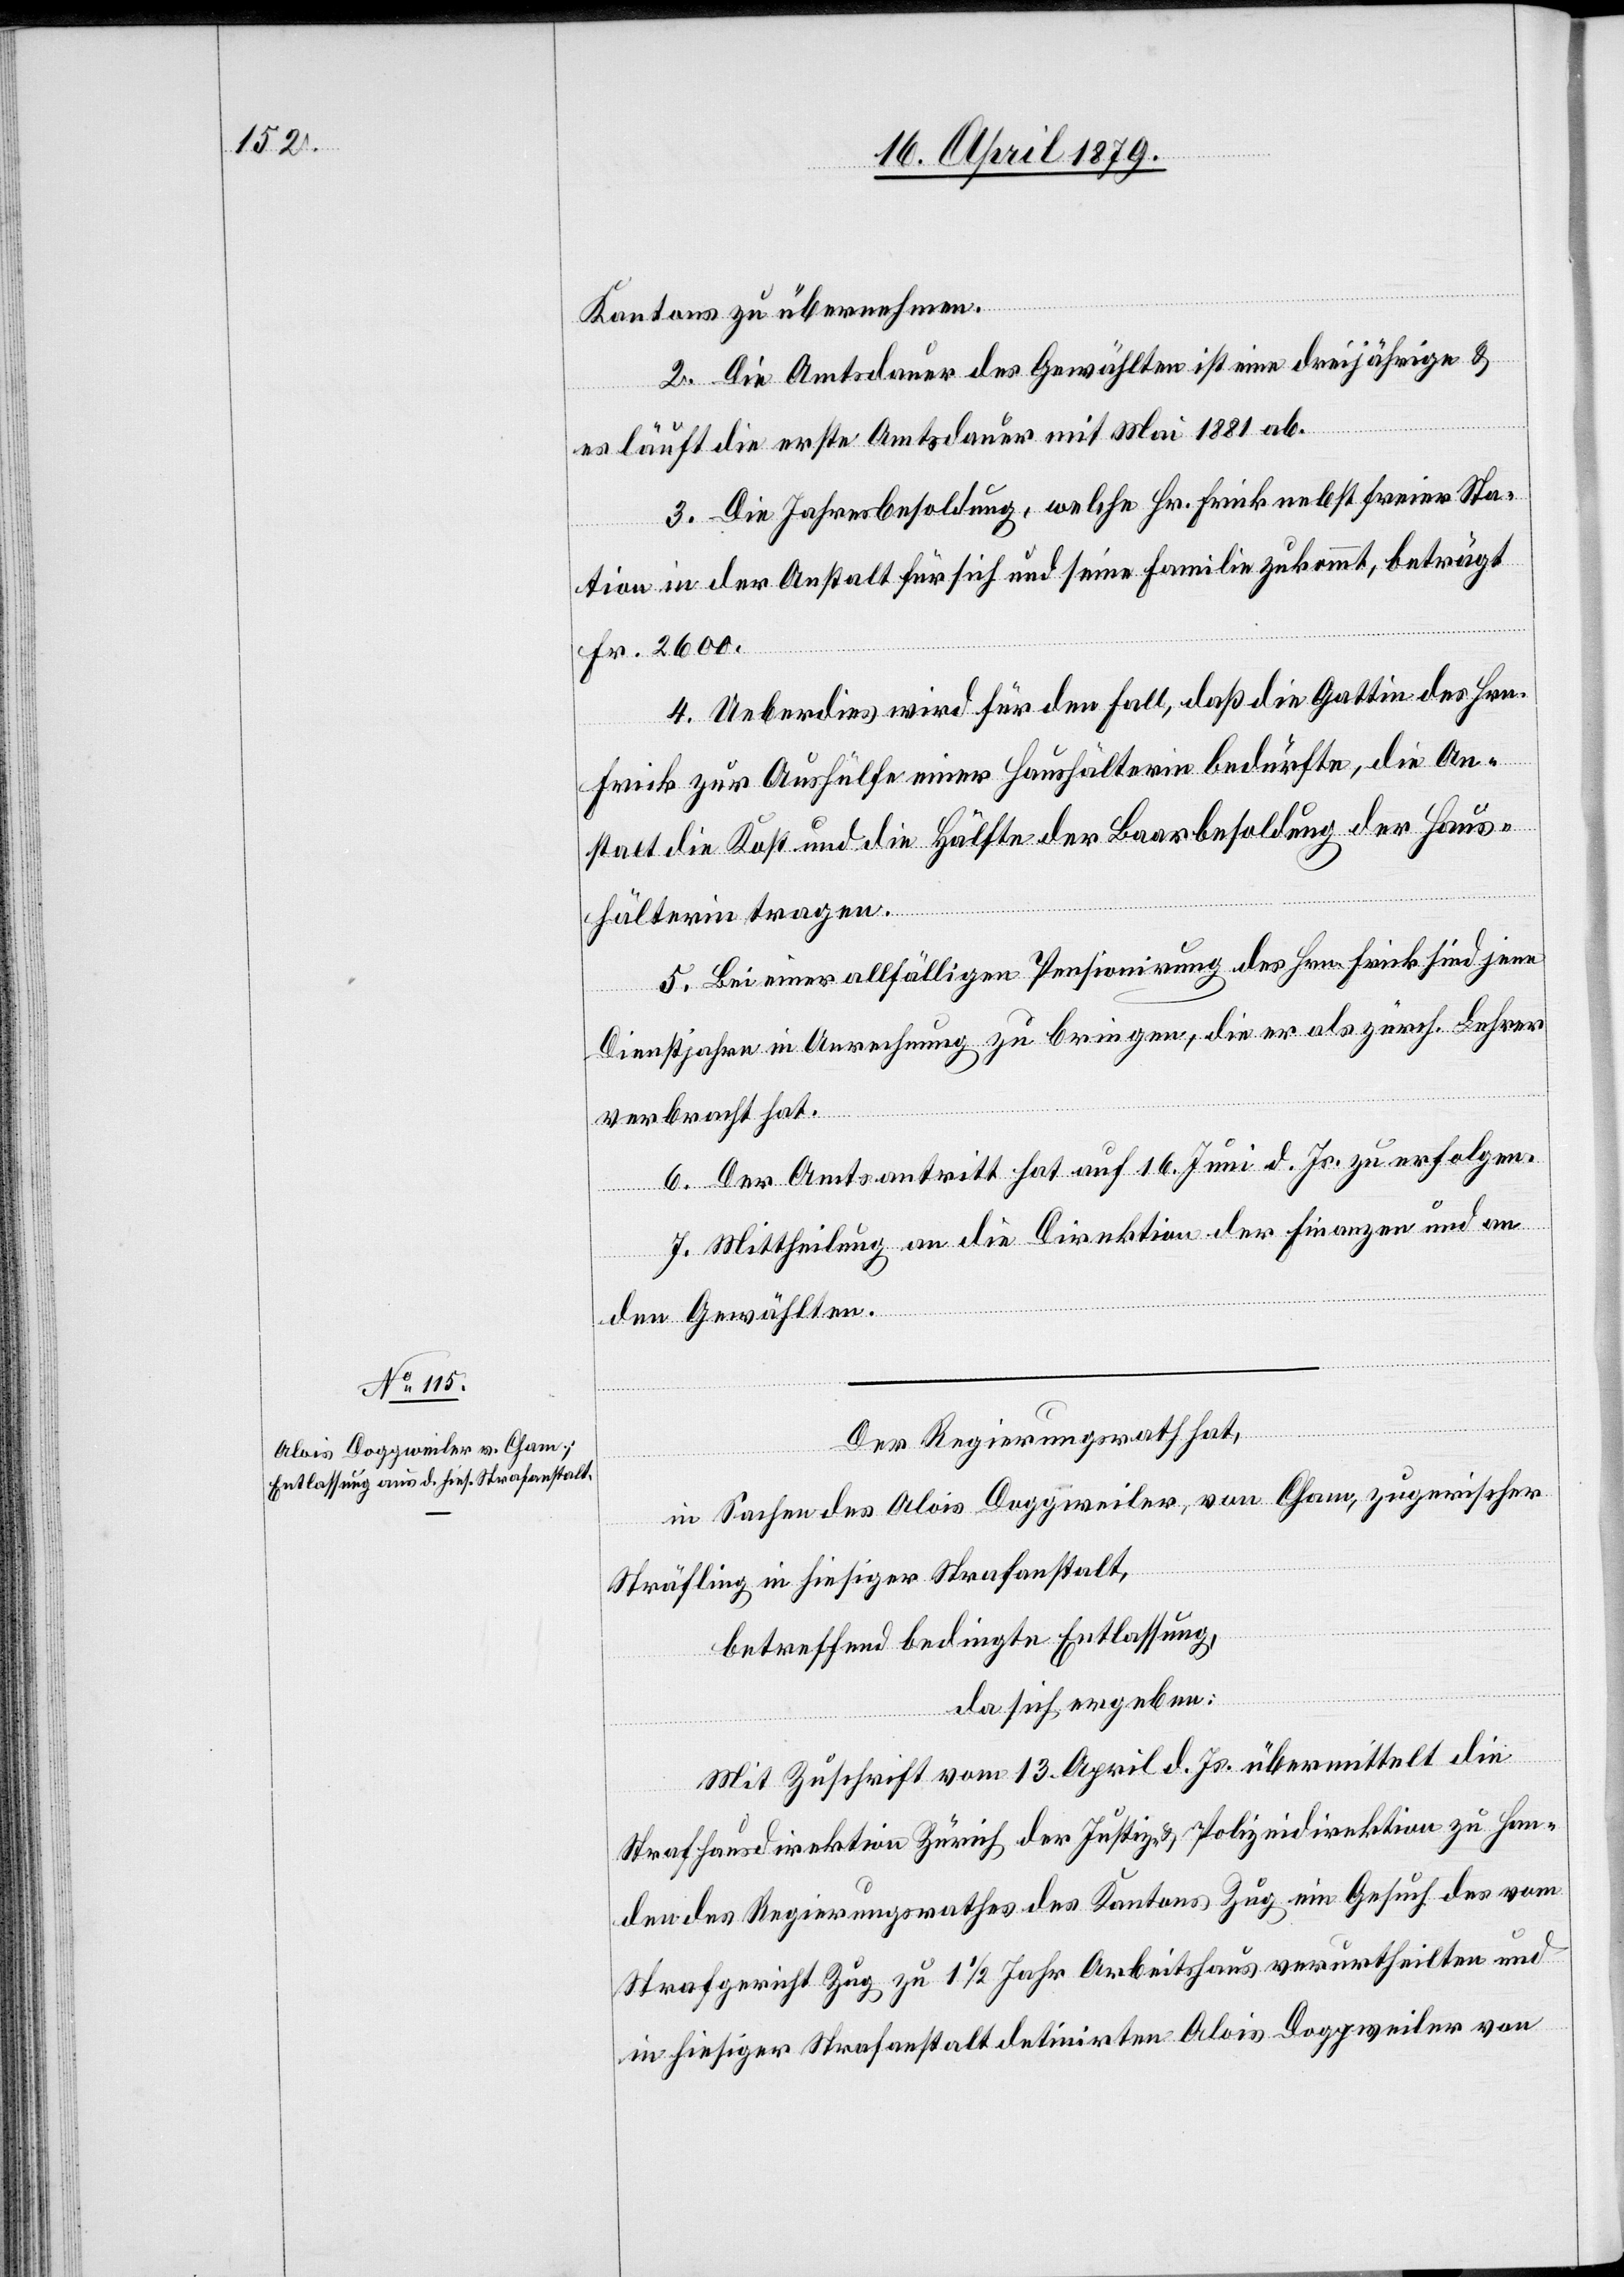
Kantons zu übernehmen.
2. Die Amtsdauer des Gewählten ist eine dreijährige &
es läuft die erste Amtsdauer mit Mai 1881 ab.
3. Die Jahresbesoldung, welche Hr. Frick nebst freier Sta¬
tion in der Anstalt für sich und seine Familie zukommt, beträgt
Fr. 2600.
4. Ueberdies wird für den Fall, daß die Gattin des Hrn.
Frick zur Aushülfe einer Haushälterin bedürfte, die An¬
stalt die Kost und die Hälfte der Baarbesoldung der Haus¬
hälterin tragen.
5. Bei einer allfälligen Pensionirung des Hrn. Frick sind jene
Dienstjahre in Anrechnung zu bringen, die er als zürch. Lehrer
verbracht hat.
6. Der Amtsantritt hat auf 16. Juni d. Js. zu erfolgen.
7. Mittheilung an die Direktion der Finanzen und an
den Gewählten.
Der Regierungsrath hat,
in Sachen des Alois Doggweiler, von Cham, zugerischer
Sträfling in hiesiger Strafanstalt,
betreffend bedingte Entlassung,
da sich ergeben:
Mit Zuschrift vom 13. April d. Js. übermittelt die
Strafhausdirektion Zürich der Justiz- & Polizeidirektion zu Han¬
den des Regierungsrathes des Kantons Zug ein Gesuch des vom
Strafgericht Zug zu 1 1/2 Jahr Arbeitshaus verurtheilten und
in hiesiger Strafanstalt detinirten Alois Doggweiler von